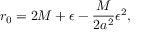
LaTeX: r _ { 0 } = 2 M + \epsilon - \frac { M } { 2 a ^ { 2 } } \epsilon ^ { 2 } ,